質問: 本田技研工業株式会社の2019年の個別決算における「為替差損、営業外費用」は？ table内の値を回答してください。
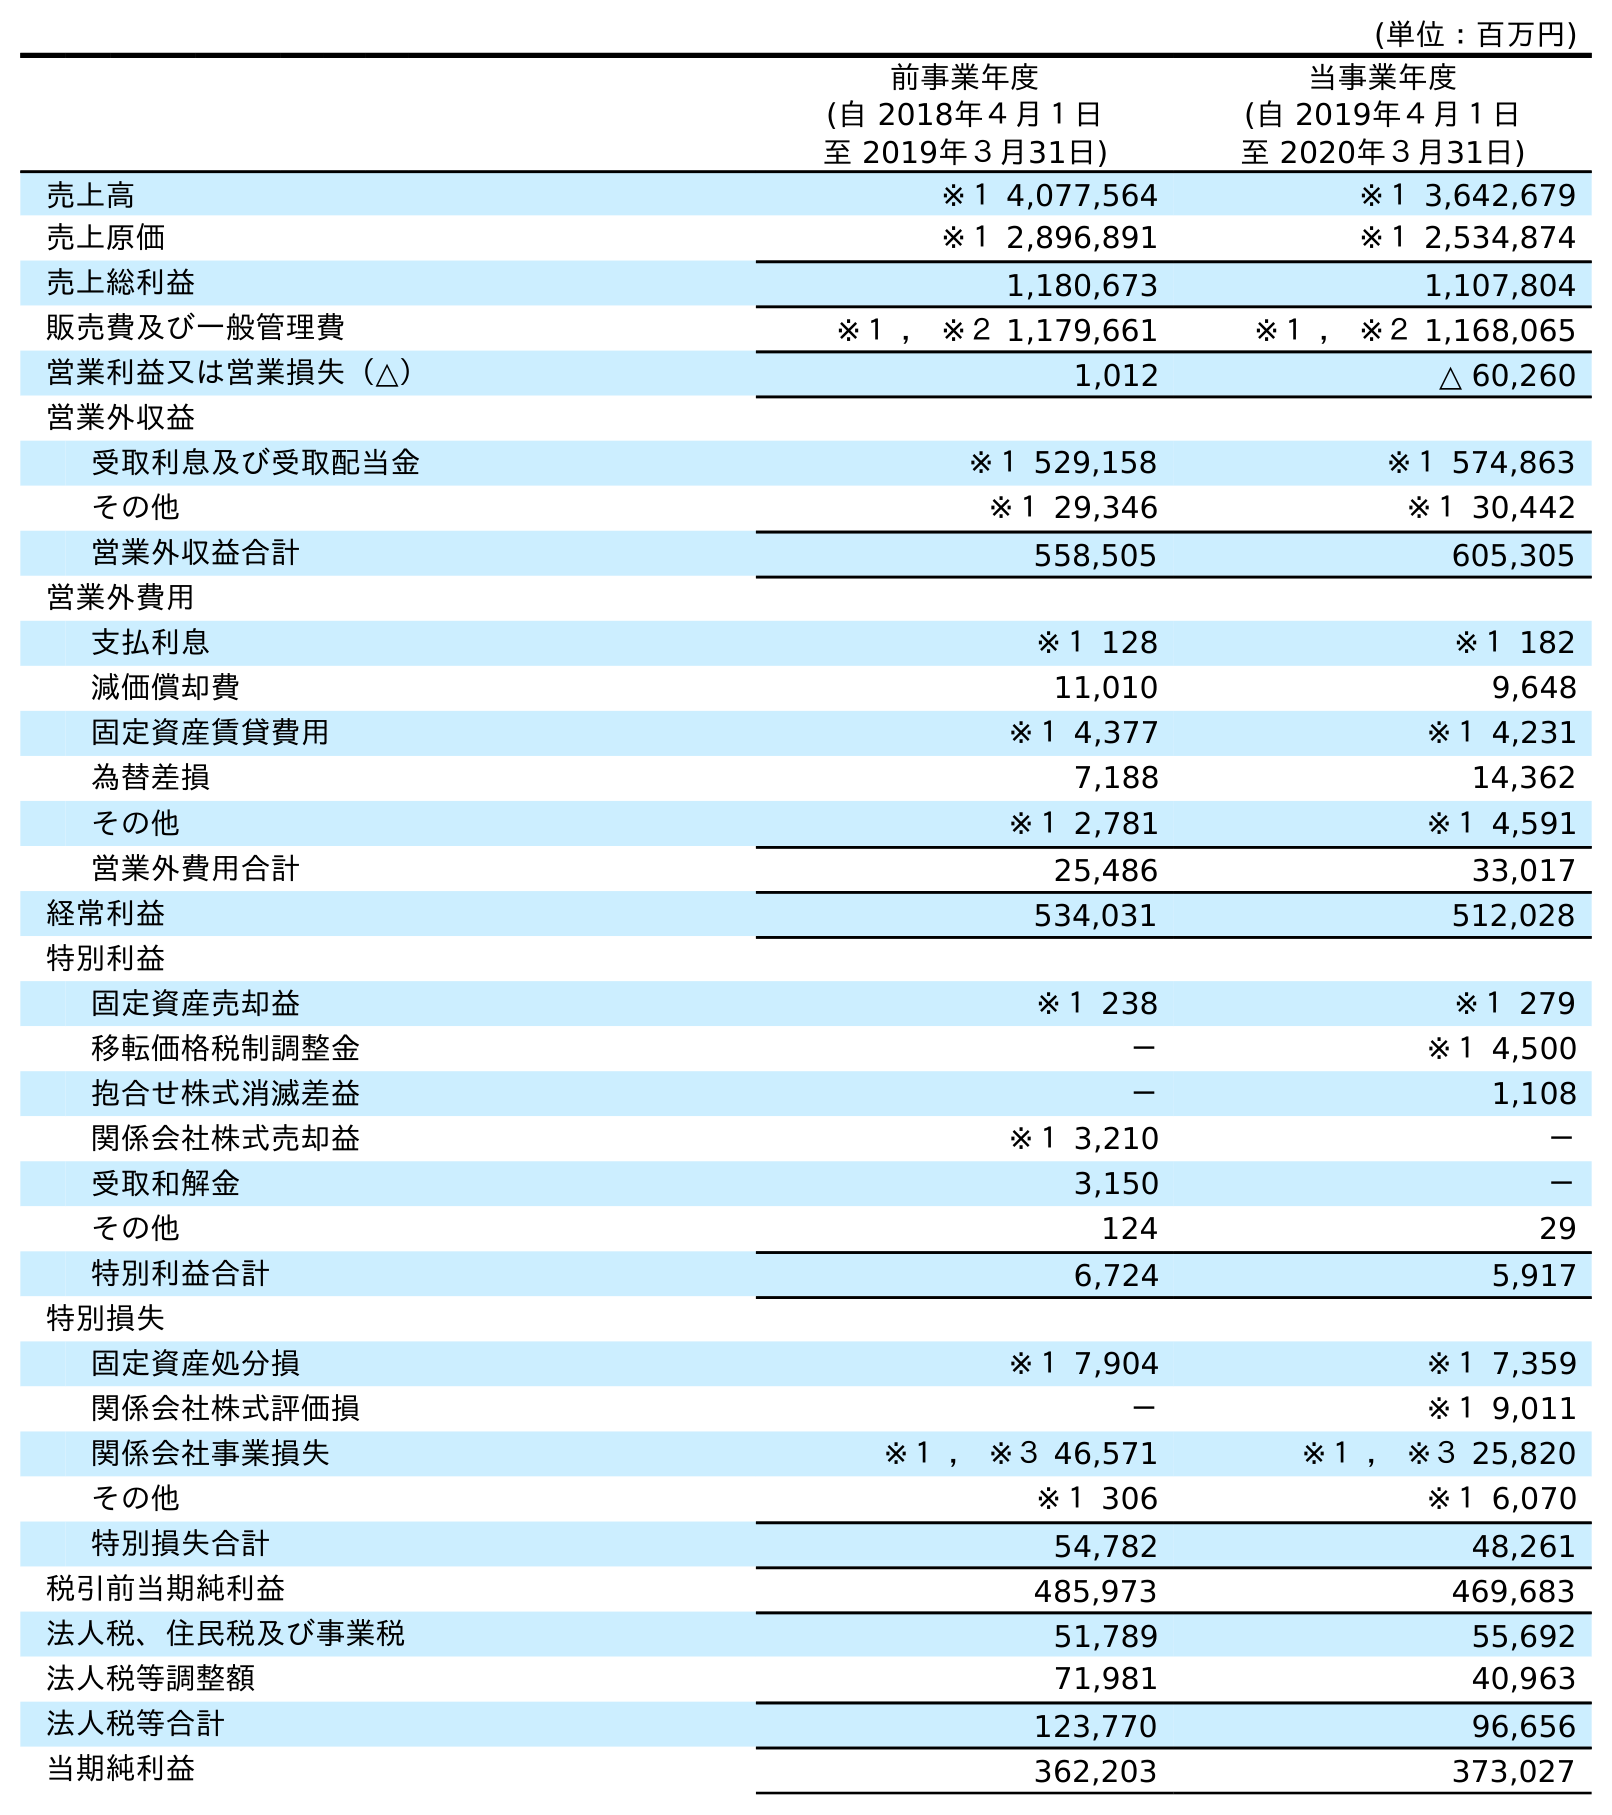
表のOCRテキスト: (単位：百万円) 前事業年度 (自 2018年４月１日 至 2019年３月31日) 当事業年度 (自 2019年４月１日 至 2020年３月31日) 売上高 ※１ 4,077,564 ※１ 3,642,679 売上原価 ※１ 2,896,891 ※１ 2,534,874 売上総利益 1,180,673 1,107,804 販売費及び一般管理費 ※１ ， ※２ 1,179,661 ※１ ， ※２ 1,168,065 営業利益又は営業損失（△） 1,012 △ 60,260 営業外収益 受取利息及び受取配当金 ※１ 529,158 ※１ 574,863 その他 ※１ 29,346 ※１ 30,442 営業外収益合計 558,505 605,305 営業外費用 支払利息 ※１ 128 ※１ 182 減価償却費 11,010 9,648 固定資産賃貸費用 ※１ 4,377 ※１ 4,231 為替差損 7,188 14,362 その他 ※１ 2,781 ※１ 4,591 営業外費用合計 25,486 33,017 経常利益 534,031 512,028 特別利益 固定資産売却益 ※１ 238 ※１ 279 移転価格税制調整金 － ※１ 4,500 抱合せ株式消滅差益 － 1,108 関係会社株式売却益 ※１ 3,210 － 受取和解金 3,150 － その他 124 29 特別利益合計 6,724 5,917 特別損失 固定資産処分損 ※１ 7,904 ※１ 7,359 関係会社株式評価損 － ※１ 9,011 関係会社事業損失 ※１ ， ※３ 46,571 ※１ ， ※３ 25,820 その他 ※１ 306 ※１ 6,070 特別損失合計 54,782 48,261 税引前当期純利益 485,973 469,683 法人税、住民税及び事業税 51,789 55,692 法人税等調整額 71,981 40,963 法人税等合計 123,770 96,656 当期純利益 362,203 373,027
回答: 7,188